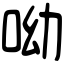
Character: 呦